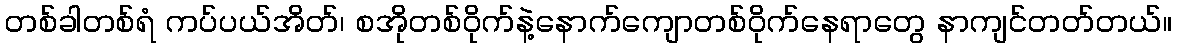
တစ်ခါတစ်ရံ ကပ်ပယ်အိတ်၊ စအိုတစ်ဝိုက်နဲ့နောက်ကျောတစ်ဝိုက်နေရာတွေ နာကျင်တတ်တယ်။